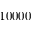
1 0 0 0 0